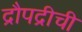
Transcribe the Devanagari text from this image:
द्रौपद्रीची